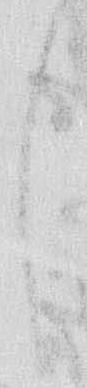
し